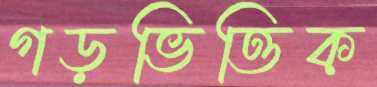
গড়ভিত্তিক